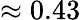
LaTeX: \approx 0.43